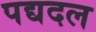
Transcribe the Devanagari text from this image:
पद्यदल